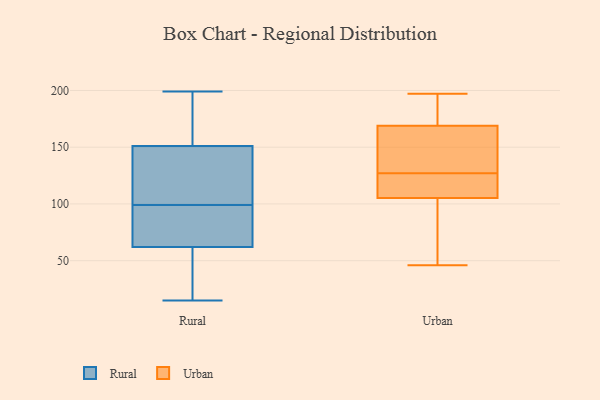
{"axis": {"x": "Headcount", "y": "Value"}, "legend": ["Rural", "Urban"], "data": [{"x": "", "y": 199, "type": "Rural"}, {"x": "", "y": 75, "type": "Rural"}, {"x": "", "y": 49, "type": "Rural"}, {"x": "", "y": 71, "type": "Rural"}, {"x": "", "y": 59, "type": "Rural"}, {"x": "", "y": 181, "type": "Rural"}, {"x": "", "y": 19, "type": "Rural"}, {"x": "", "y": 80, "type": "Rural"}, {"x": "", "y": 99, "type": "Rural"}, {"x": "", "y": 113, "type": "Rural"}, {"x": "", "y": 151, "type": "Rural"}, {"x": "", "y": 106, "type": "Rural"}, {"x": "", "y": 186, "type": "Rural"}, {"x": "", "y": 15, "type": "Rural"}, {"x": "", "y": 151, "type": "Rural"}, {"x": "", "y": 46, "type": "Urban"}, {"x": "", "y": 174, "type": "Urban"}, {"x": "", "y": 127, "type": "Urban"}, {"x": "", "y": 195, "type": "Urban"}, {"x": "", "y": 104, "type": "Urban"}, {"x": "", "y": 109, "type": "Urban"}, {"x": "", "y": 122, "type": "Urban"}, {"x": "", "y": 47, "type": "Urban"}, {"x": "", "y": 154, "type": "Urban"}, {"x": "", "y": 197, "type": "Urban"}, {"x": "", "y": 144, "type": "Urban"}]}